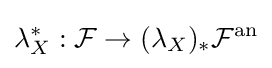
\lambda _{X}^{*}:{\mathcal {F}}\rightarrow (\lambda _{X})_{*}{\mathcal {F}}^{\mathrm {an} }